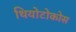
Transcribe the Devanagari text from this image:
थियोटोकोस